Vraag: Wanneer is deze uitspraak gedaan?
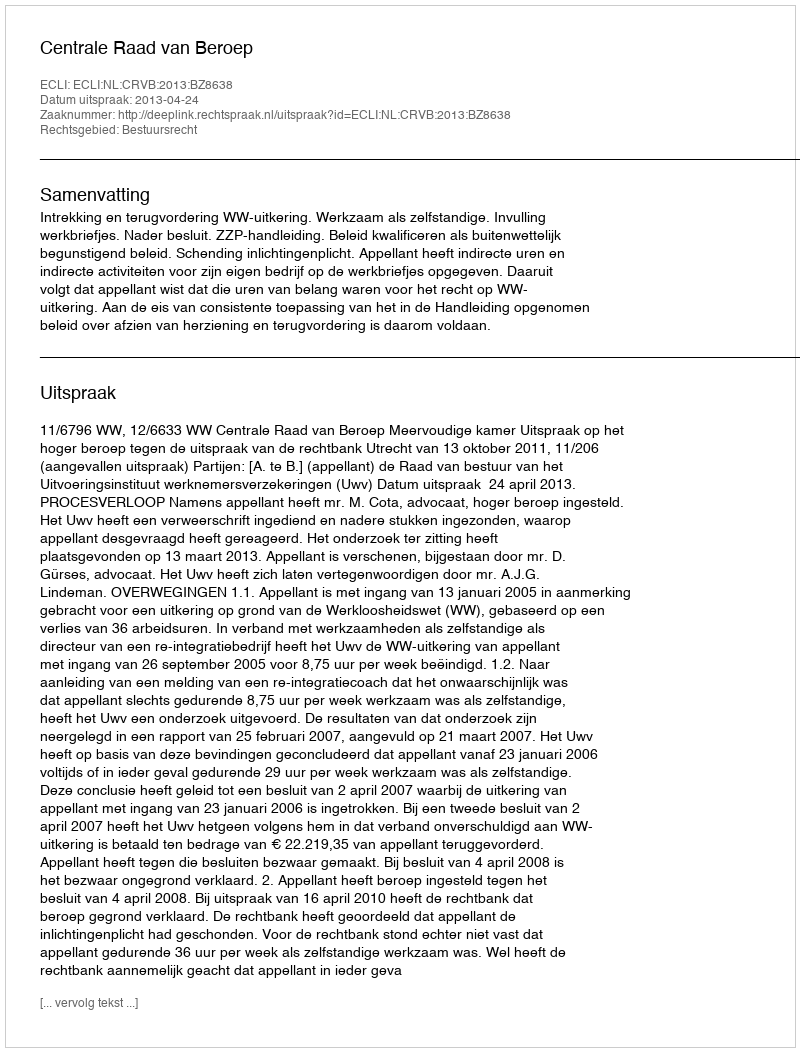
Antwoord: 2013-04-24